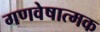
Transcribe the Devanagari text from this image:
गणवेषात्मक